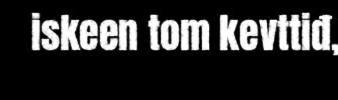
iskeen tom kevttiđ,